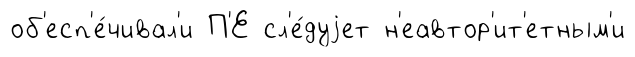
об'есп'е́чивал'и П'Е сл'е́дуjет н'еавтор'ит'етным'и